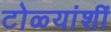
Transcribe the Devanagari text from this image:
टोळ्यांशीं